Treatise on elephants
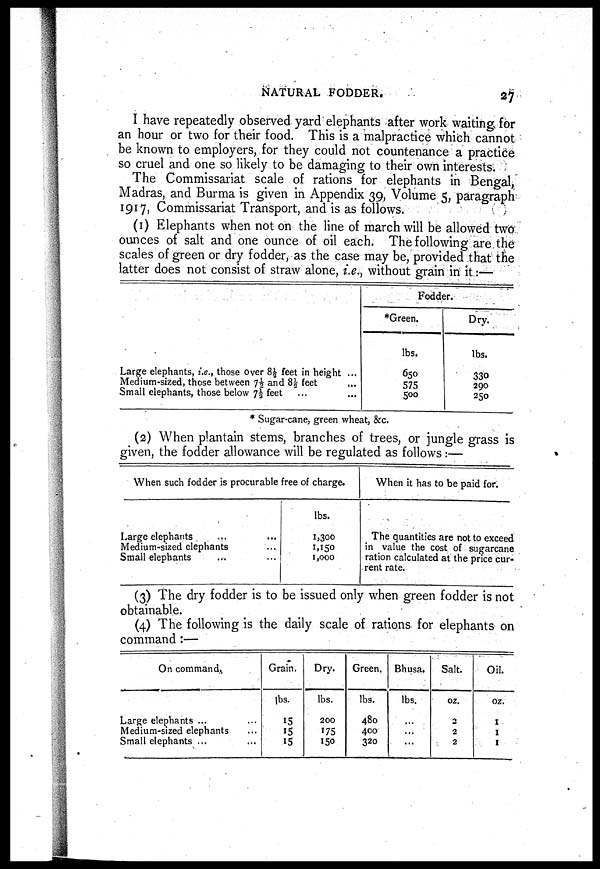
NATURAL FODDER.
27
I have repeatedly observed yard elephants after work waiting for
an hour or two for their food. This is a malpractice which cannot
be known to employers, for they could not countenance a practice
so cruel and one so likely to be damaging to their own interests.
The Commissariat scale of rations for elephants in Bengal,
Madras, and Burma is given in Appendix 39, Volume 5, paragraph
1917, Commissariat Transport, and is as follows.
(1) Elephants when not on the line of march will be allowed two
ounces of salt and one ounce of oil each. The following are the
scales of green or dry fodder, as the case may be, provided that the
latter does not consist of straw alone, i.e., without grain in it:—
Large elephants, i.e., those Over 8½ feet in height ...
Medium-sized, those between 7½ and 8⅓ feet ...
Small elephants, those below 7½ feet ... ...
Fodder.
*Green.
lbs.
650
575
500
Dry.
lbs.
330
290
250
* Sugar-cane, green wheat, &c.
(2) When plantain stems, branches of trees, or jungle grass is
given, the fodder allowance will be regulated as follows:—
When such fodder is procurable free of charge.
Large elephants
Medium-sized elephants
Small elephants
lbs.
1,300
1,150
1,000
When it has to be paid for.
The quantities are not to exceed
in value the cost of sugarcane
ration calculated at the price cur
rent rate.
(3) The dry fodder is to be issued only when green fodder is not
obtainable.
(4) The following is the daily scale of rations for elephants on
command :—
On command.
Large elephants ...
Medium-sized elephants ...
Small elephants ... ...
Grain.
lbs.
15
15
15
Dry.
lbs.
200
175
150
Green.
lbs.
480
400
320
Bhusa.
lbs.
...
...
...
Salt.
oz.
2
2
2
Oil.
oz.
1
1
1